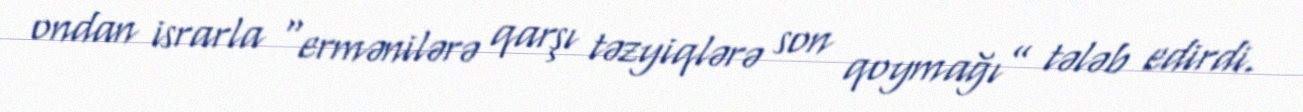
ondan israrla “ermənilərə qarşı təzyiqlərə son qoymağı” tələb edirdi.